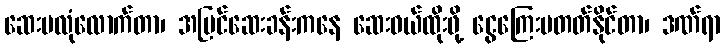
ဆေးမလုံလောက်တာ၊ အပြင်ဆေးခန်းကနေ ဆေးဝယ်ထိုးဖို့ ငွေကြေးမတတ်နိုင်တာ၊ ဒဏ်ရာ